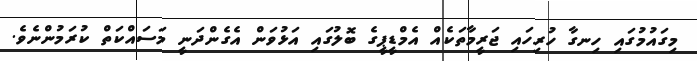
މިގައުމުގައި ހިނގާ ހުރިހައި ޖަރީމާތަކެއް އެމްޑީޕީގެ ބޮލުގައި އަޅުވަން އެގެންދަނީ މަސައްކަތް ކުރަމުންނެވެ.